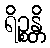
ရိဉ္စန္တိ